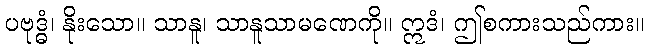
ပဗုဒ္ဓံ၊ နိုးသော။ သာနူ၊ သာနူသာမဏေကို။ ဣဒံ၊ ဤစကားသည်ကား။